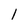
Character: l